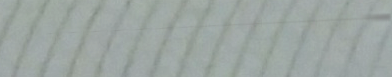
Open 24 Hours